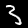
Digit: 3